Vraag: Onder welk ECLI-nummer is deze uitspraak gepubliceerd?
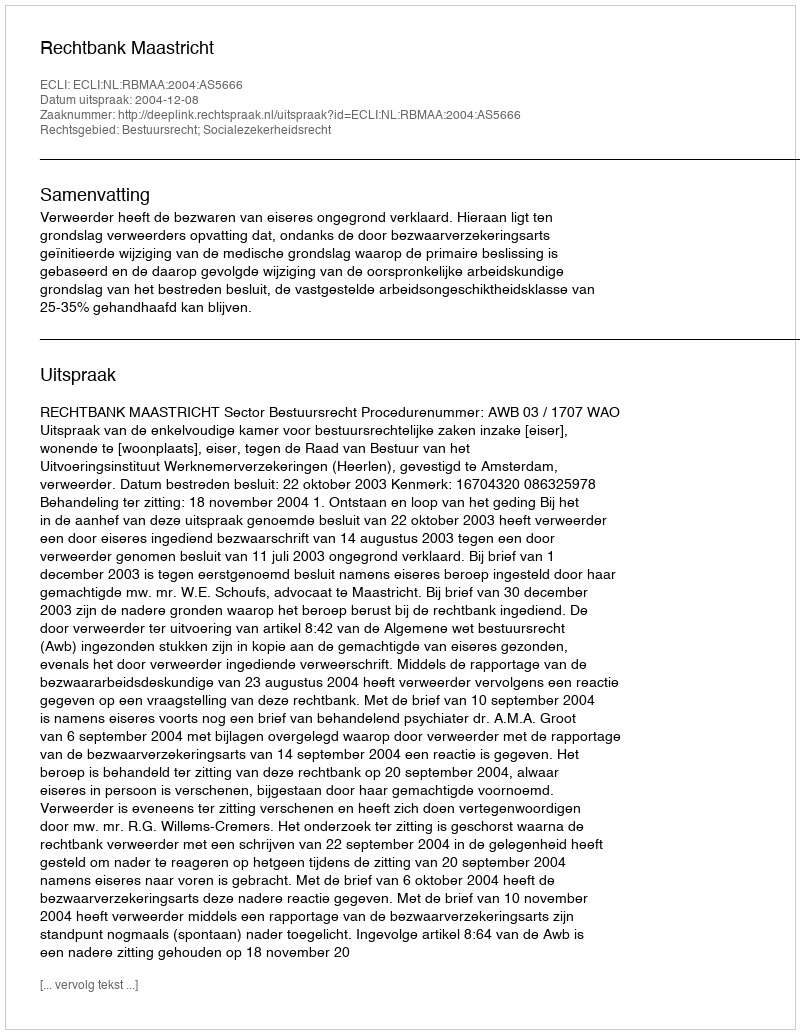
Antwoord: ECLI:NL:RBMAA:2004:AS5666